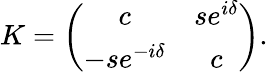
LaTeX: K=\left(\begin{array}{cc}{{c}}&{{se^{i\delta}}}\\ {{-se^{-i\delta}}}&{{c}}\end{array}\right).